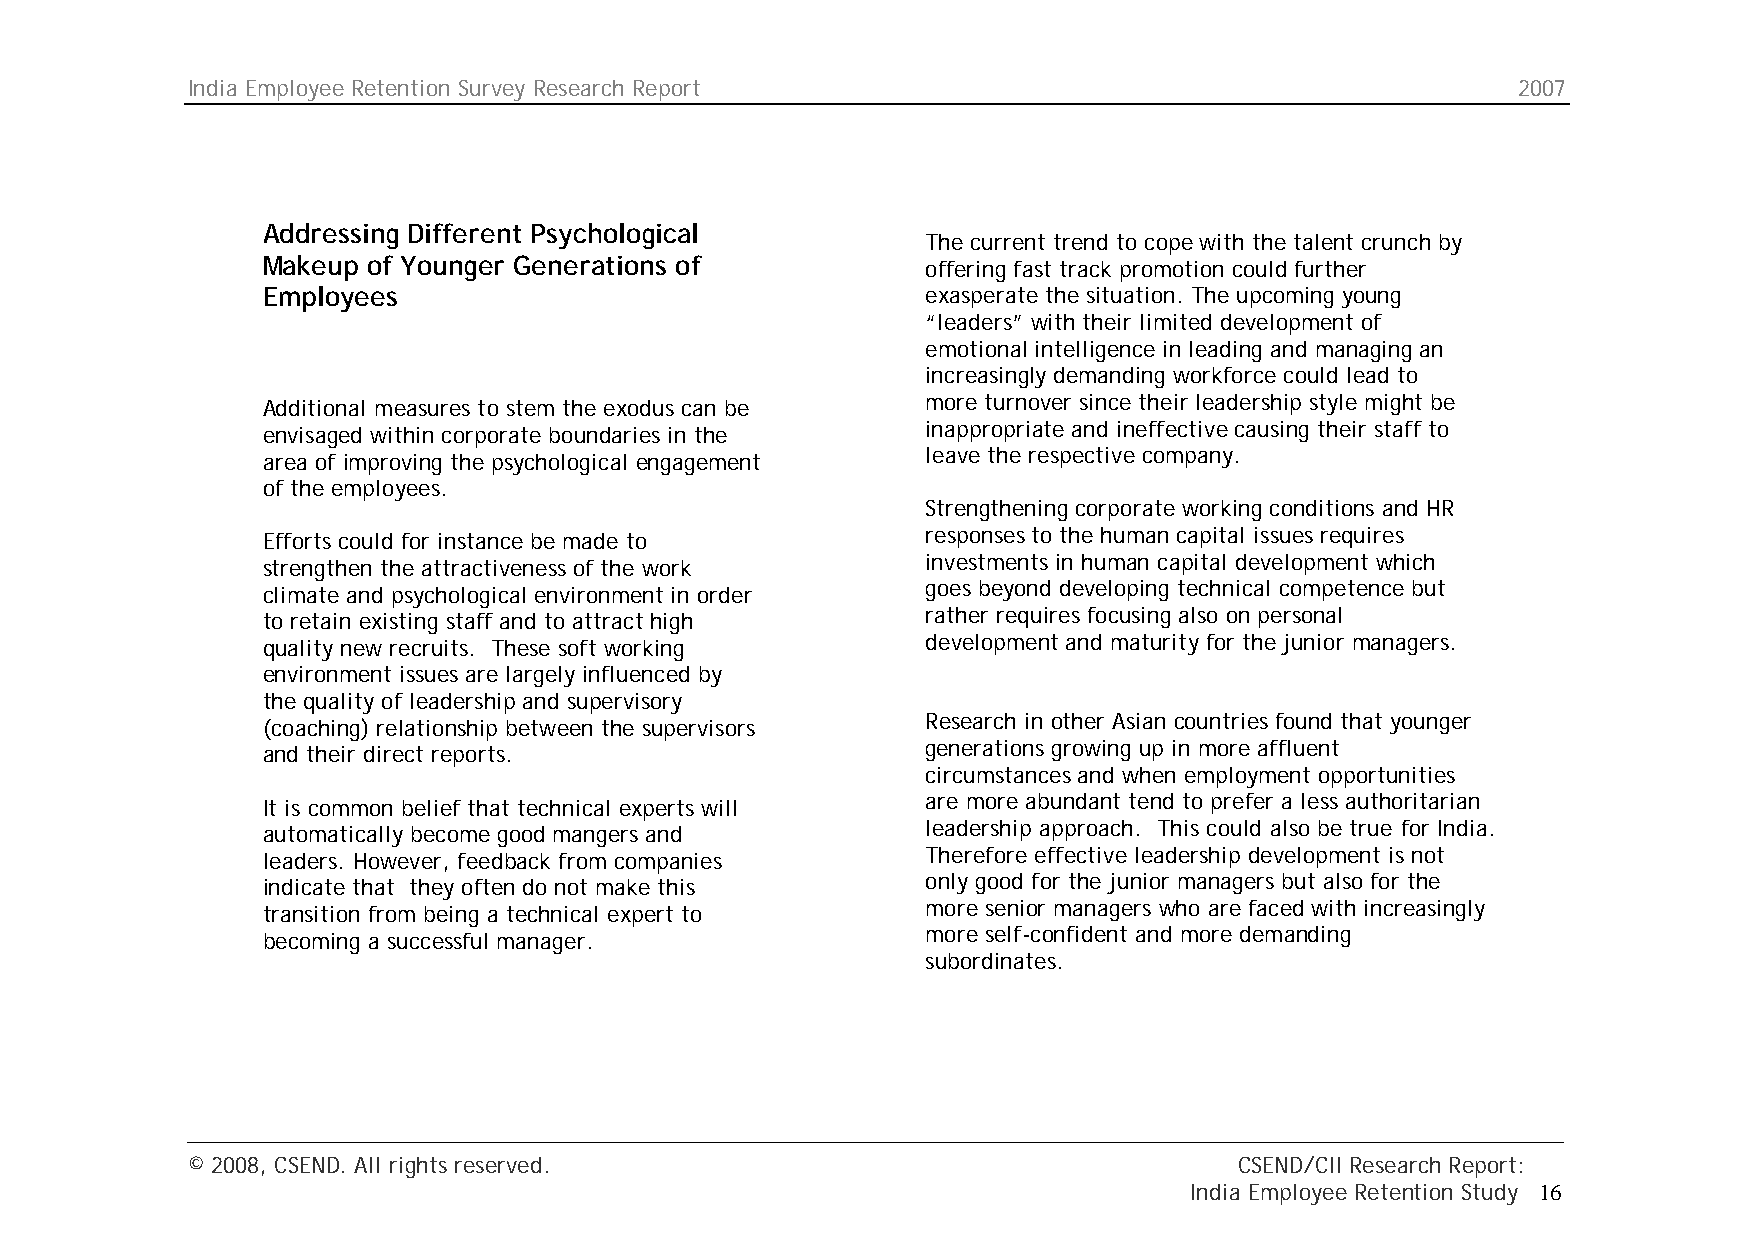
India Employee Retention Survey Research Report                                         2007
 Addressing Different Psychological
 The current trend to cope with the talent crunch by
 Makeup of Younger Generations of            offering fast track promotion could further
 Employees                                   exasperate the situation. The upcoming young
 “leaders” with their limited development of
 emotional intelligence in leading and managing an
 increasingly demanding workforce could lead to
 more turnover since their leadership style might be
 Additional measures to stem the exodus can be
 inappropriate and ineffective causing their staff to
 envisaged within corporate boundaries in the
 leave the respective company.
 area of improving the psychological engagement
 of the employees.
 Strengthening corporate working conditions and HR
 responses to the human capital issues requires
 Efforts could for instance be made to
 investments in human capital development which
 strengthen the attractiveness of the work
 goes beyond developing technical competence but
 climate and psychological environment in order
 rather requires focusing also on personal
 to retain existing staff and to attract high
 development and maturity for the junior managers.
 quality new recruits. These soft working
 environment issues are largely influenced by
 the quality of leadership and supervisory
 Research in other Asian countries found that younger
 (coaching) relationship between the supervisors
 generations growing up in more affluent
 and their direct reports.
 circumstances and when employment opportunities
 are more abundant tend to prefer a less authoritarian
 It is common belief that technical experts will
 leadership approach. This could also be true for India.
 automatically become good mangers and
 Therefore effective leadership development is not
 leaders. However, feedback from companies
 only good for the junior managers but also for the
 indicate that they often do not make this
 more senior managers who are faced with increasingly
 transition from being a technical expert to
 more self-confident and more demanding
 becoming a successful manager.
 subordinates.
 © 2008, CSEND. All rights reserved.                                   CSEND/CII Research Report:
 India Employee Retention Study 16